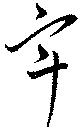
畢